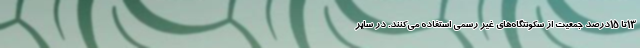
۱۳تا ۱۵درصد جمعیت از سکونتگاه‌های غیر رسمی استفاده می‌کنند. در سایر